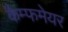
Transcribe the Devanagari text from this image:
कैम्फमेयर